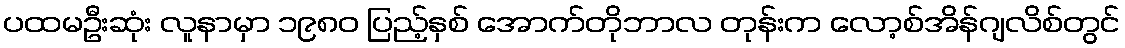
ပထမဦးဆုံး လူနာမှာ ၁၉၈၀ ပြည့်နှစ် အောက်တိုဘာလ တုန်းက လော့စ်အိန်ဂျလိစ်တွင်